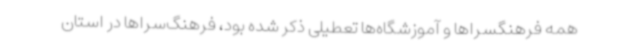
همه فرهنگسراها و آموزشگاه‌ها تعطیلی ذکر شده‌ بود، فرهنگ‌سراها در استان